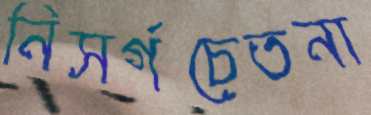
নিসর্গচেতনা